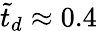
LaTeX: \tilde{t}_{d}\approx 0.4